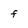
Character: f